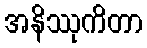
အနိဿုကိတာ